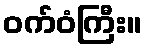
ဝက်ဝံကြီး။